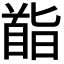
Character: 𮩡